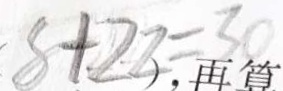
8 + 2 2 = 3 0